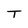
Character: T